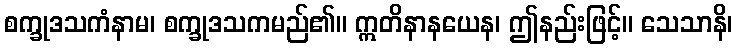
စက္ခုဒသကံနာမ၊ စက္ခုဒသကမည်၏။ ဣတိနာနယေန၊ ဤနည်းဖြင့်။ သေသာနိ၊